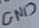
Text: GND